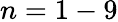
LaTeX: n=1-9